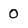
Character: 0